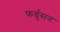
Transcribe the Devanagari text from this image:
फर्ग्रुसन